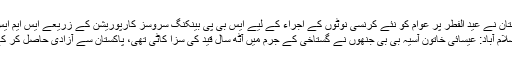
بینک دولت پاکستان نے عید الفطر پر عوام کو نئے کرنسی نوٹوں کے اجراء کے لیے ایس بی پی بینکنگ سروسز کارپوریشن کے زریعے ایس ایم ایس سروس کا …
اسلام آباد: عیسائی خاتون آسیہ بی بی جنھوں نے گستاخیِ کے جرم میں آٹھ سال قید کی سزا کاٹی تھی، پاکستان سے آزادی حاصل کر کے چلی گئی ہیں۔